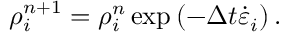
\rho _ { i } ^ { n + 1 } = \rho _ { i } ^ { n } \exp \left( - \Delta t \dot { \varepsilon } _ { i } \right) .